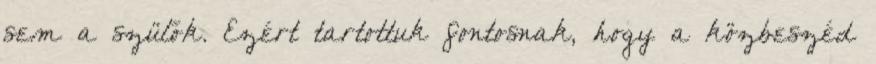
sem a szülők. Ezért tartottuk fontosnak, hogy a közbeszéd